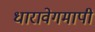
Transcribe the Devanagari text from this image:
धारावेगमापी